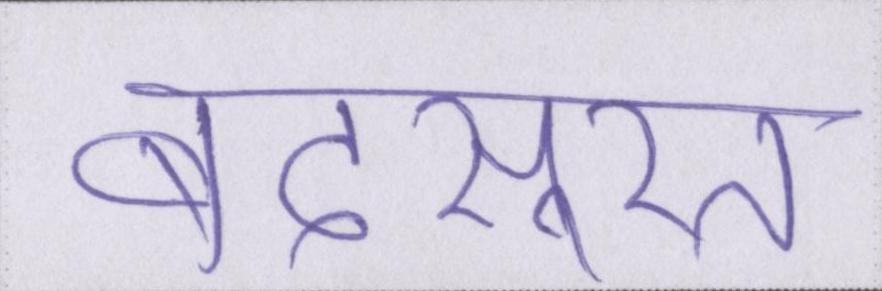
बदसूरत